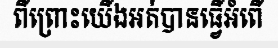
ពីព្រោះយើងអត់បានធ្វើអំពើ